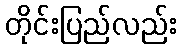
တိုင်းပြည်လည်း